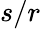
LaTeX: s/r